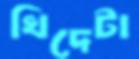
খিদেটা